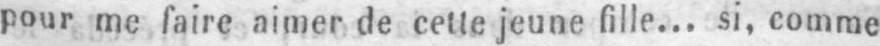
pour me faire aimer de cette jeune fille... si, comme